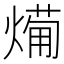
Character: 𭵸